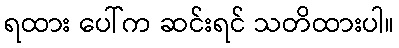
ရထား ပေါ်က ဆင်းရင် သတိထားပါ။